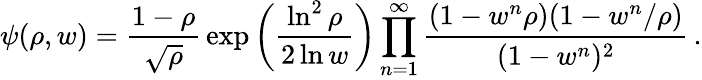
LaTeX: \psi(\rho,w)={\frac{1-\rho}{\sqrt\rho}}\exp\left({\frac{\ln^{2}\rho}{2\ln w}}\right)\prod_{n=1}^{\infty}{\frac{(1-w^{n}\rho)(1-w^{n}/\rho)}{(1-w^{n})^{2}}}\, .